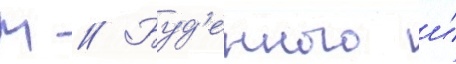
М // Буд'енного и́